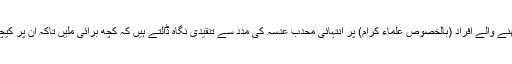
آج کے دور میں لوگ دینی رجحان اورذہن رکھنے والے افراد (بالخصوص علماء کرام) پر انتہائی محدب عدسہ کی مدد سے تنقیدی نگاہ ڈالتے ہیں کہ کچھ برائی ملیں تاکہ ان پر کیچڑ اچھالاجاسکے اور انہیں مطعون کیاجاسکے۔